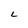
Character: L